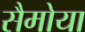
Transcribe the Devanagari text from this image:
सैमोया